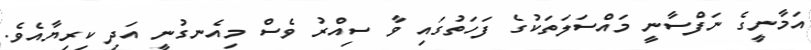
އަމާނީގެ ނަފްސާނީ މައްސަލަތަކުގެ ފަހަތުގައި ވާ ސިއްރު ވެސް މިއެނގުނީ އަދި ކިރިޔާއެވެ.